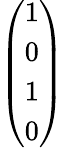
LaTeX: \left(\begin{array}{l}{1}\\ {0}\\ {1}\\ {0}\end{array}\right)